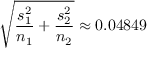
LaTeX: { \sqrt { { \frac { s _ { 1 } ^ { 2 } } { n _ { 1 } } } + { \frac { s _ { 2 } ^ { 2 } } { n _ { 2 } } } } } \approx 0 . 0 4 8 4 9